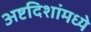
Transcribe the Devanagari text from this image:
अष्टदिशांमध्ये